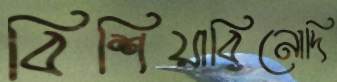
বিশিয়াবিনোদি